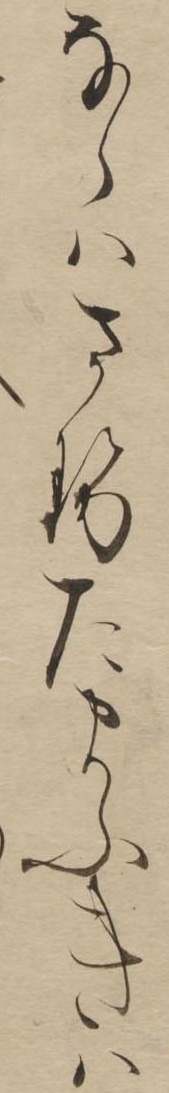
ならはさせたまふきは